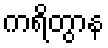
ကရိတွာန